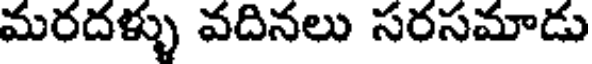
మరదళ్ళు వదినలు సరసమాడు